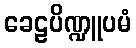
ခေဠပိဏ္ဍူပမံ